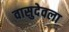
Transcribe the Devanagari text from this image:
वासुदेवला